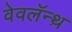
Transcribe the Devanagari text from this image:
वेवलॅन्थ़